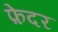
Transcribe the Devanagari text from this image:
फ़ेदर